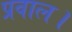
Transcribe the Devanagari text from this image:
प्रवाल।